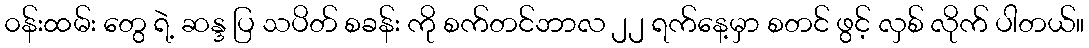
၀န်းထမ်း တွေ ရဲ့ ဆန္ဒ ပြ သပိတ် စခန်း ကို စက်တင်ဘာလ ၂၂ ရက်နေ့မှာ စတင် ဖွင့် လှစ် လိုက် ပါတယ်။